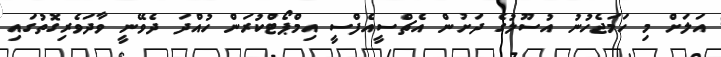
އަލަށް މި ހަމަޖެހުނު އުސޫލުގެ ދަށުން އެޗްސީއެފްސީ އިމްޕޯޓްކުރަން ހުއްދަ ދެވޭނީ ވާދަވެރިގޮތުގައި